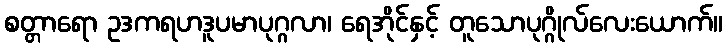
စတ္တာရော ဥဒကရဟဒူပမာပုဂ္ဂလာ၊ ရေအိုင်နှင့် တူသောပုဂ္ဂိုလ်လေးယောက်။